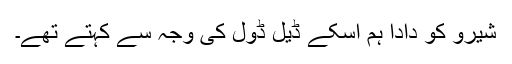
شیرو کو دادا ہم اسکے ڈیل ڈول کی وجہ سے کہتے تھے۔